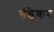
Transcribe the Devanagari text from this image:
गंडेकर